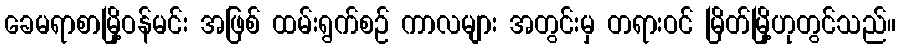
ခေမရာစာမြို့ဝန်မင်း အဖြစ် ထမ်းရွက်စဉ် ကာလများ အတွင်းမှ တရားဝင် မြိတ်မြို့ဟုတွင်သည်။